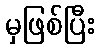
မှဖြစ်ပြီး